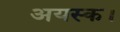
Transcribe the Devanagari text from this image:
अयस्क।